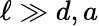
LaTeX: \ell\gg d,a